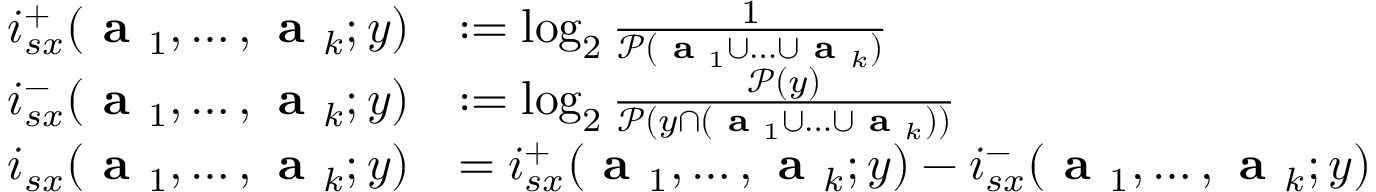
\begin{array} { r l } { i _ { s x } ^ { + } ( \textbf { a } _ { 1 } , \ldots , \textbf { a } _ { k } ; y ) } & { : = \log _ { 2 } \frac { 1 } { \mathcal { P } ( \textbf { a } _ { 1 } \cup \ldots \cup \textbf { a } _ { k } ) } } \\ { i _ { s x } ^ { - } ( \textbf { a } _ { 1 } , \ldots , \textbf { a } _ { k } ; y ) } & { : = \log _ { 2 } \frac { \mathcal { P } ( y ) } { \mathcal { P } ( y \cap ( \textbf { a } _ { 1 } \cup \ldots \cup \textbf { a } _ { k } ) ) } } \\ { i _ { s x } ( \textbf { a } _ { 1 } , \ldots , \textbf { a } _ { k } ; y ) } & { = i _ { s x } ^ { + } ( \textbf { a } _ { 1 } , \ldots , \textbf { a } _ { k } ; y ) - i _ { s x } ^ { - } ( \textbf { a } _ { 1 } , \ldots , \textbf { a } _ { k } ; y ) } \end{array}